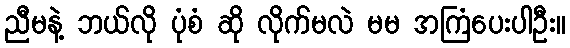
ညီမနဲ့ ဘယ်လို ပုံစံ ဆို လိုက်မလဲ မမ အကြံပေးပါဦး။